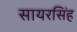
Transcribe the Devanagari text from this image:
सायरसिंह